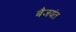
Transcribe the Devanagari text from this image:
बैजयंत